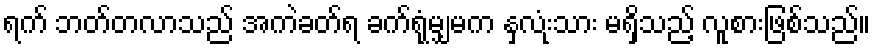
ရက် ဘတ်တလာသည် အကဲခတ်ရ ခက်ရုံမျှမက နှလံးုသား မရှိသည့် လူစားဖြစ်သည်။